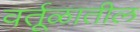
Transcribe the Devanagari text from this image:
वर्तूळातील